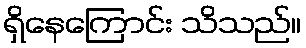
ရှိနေကြောင်း သိသည်။